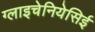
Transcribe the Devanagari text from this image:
ग्लाइचेनियेसिई